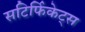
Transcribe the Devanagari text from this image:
सटिर्फिकेट्स